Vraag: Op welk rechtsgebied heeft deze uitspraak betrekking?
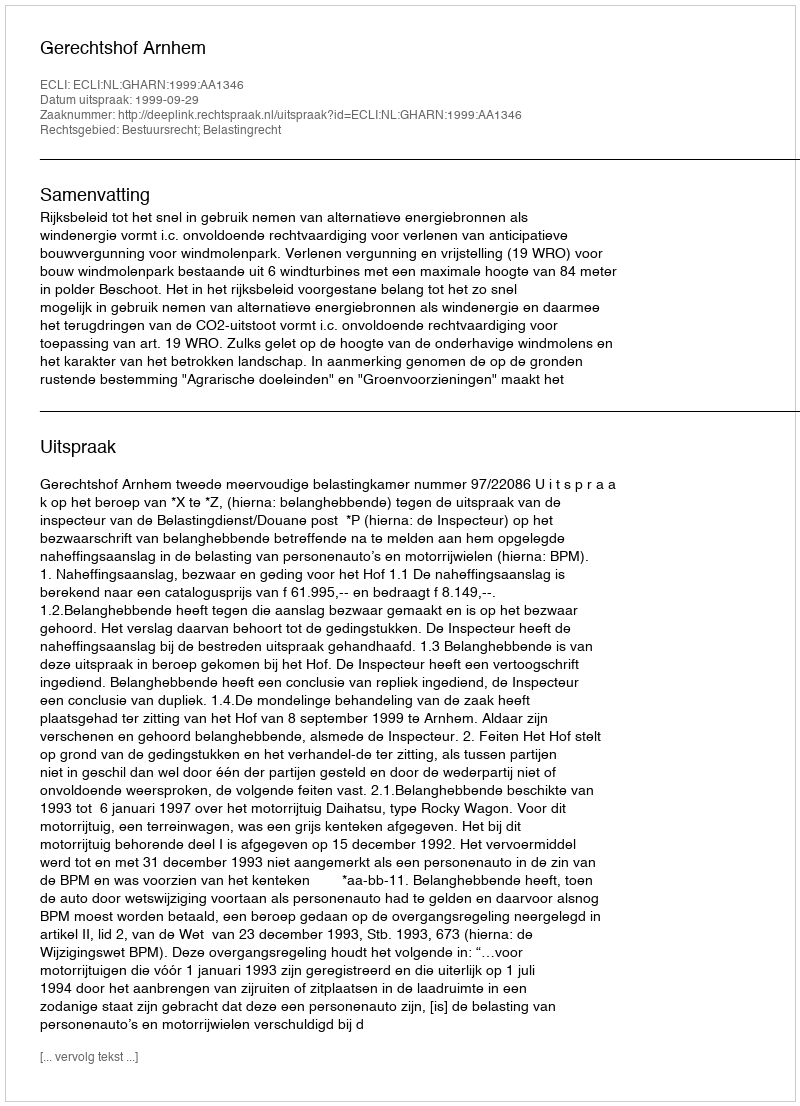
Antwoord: Bestuursrecht; Belastingrecht